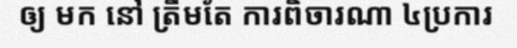
ឲ្យ មក នៅ ត្រឹមតែ ការពិចារណា ៤ប្រការ